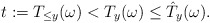
\begin{align*}t:=T_{\leq y}(\omega)<T_y(\omega)\leq \hat{T}_y(\omega). \end{align*}